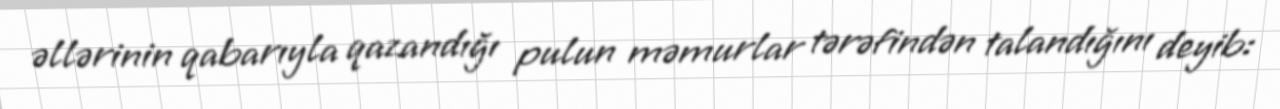
əllərinin qabarıyla qazandığı pulun məmurlar tərəfindən talandığını deyib: